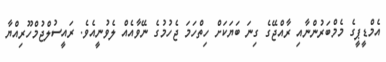
އެމްޑީޕީގެ މެމްބަރުންނާއި ރާއްޖޭގެ ގިނަ ބަޔަކަށް ހިތްހަމަ ޖެހުމުގެ ނޭވާއެއް ލެވުނީއެވެ. ރައީސުލްޖުމްހޫރިއްޔާ